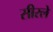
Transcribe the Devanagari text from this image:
सीरले